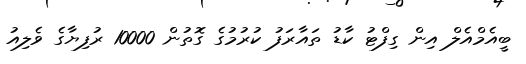
ބީއެމްއެލް އިން ގިފްޓު ކާޑު ތައާރަފު ކުރުމުގެ ގޮތުން 10000 ރުފިޔާގެ ވެލިއު